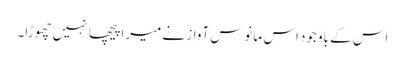
اس کے باوجود اس مانوس آواز نے میرا پیچھا نہیں چھوڑا۔